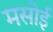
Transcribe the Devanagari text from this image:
मसोई